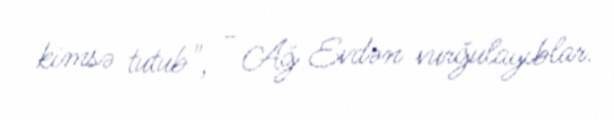
kimsə tutub", - Ağ Evdən vurğulayıblar.